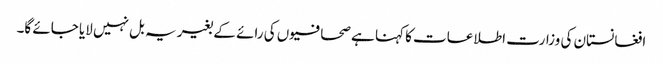
افغانستان کی وزارت اطلاعات کا کہنا ہے صحافیوں کی رائے کے بغیر یہ بل نہیں لایا جائے گا۔